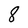
Character: 8